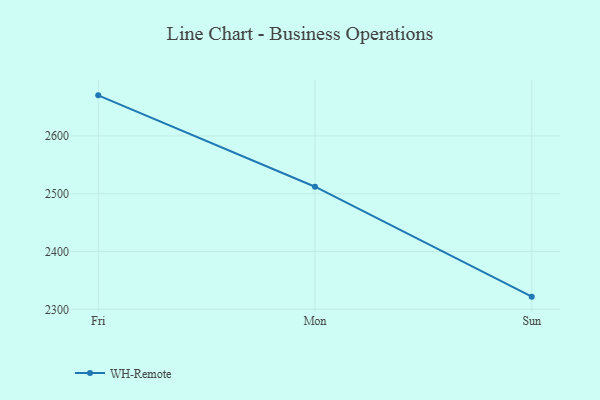
{"axis": {"x": "Day", "y": "Customer Acquisition Cost (USD)"}, "legend": ["WH-Remote"], "data": [{"x": "Fri", "y": 2670.2, "type": "WH-Remote"}, {"x": "Mon", "y": 2512.1, "type": "WH-Remote"}, {"x": "Sun", "y": 2321.9, "type": "WH-Remote"}]}